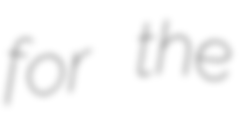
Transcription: for the